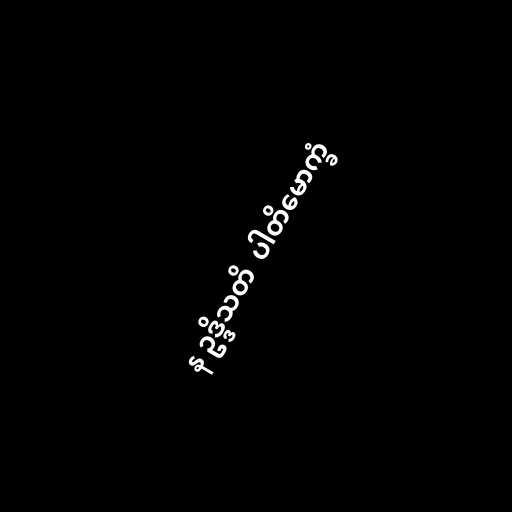
န ဥဒ္ဒိသတိ  ပါတိမောက္ခံ